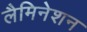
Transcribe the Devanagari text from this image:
लैमिनेशन